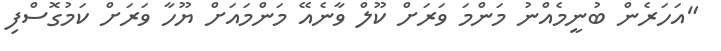
"އަހަރެން ބުނީމެއްނު މަންމަ ވަރަށް ކޫލް ވާނެއޭ މަންމައަށް ޔޫހާ ވަރަށް ކަމުގޮސްފި